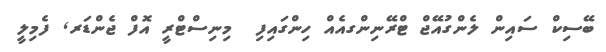
ބޭސިކް ސައިން ލެންގުއޭޖް ޓްރޭނިންގއެއް ހިންގައިފި  މިނިސްޓްރީ އޮފް ޖެންޑަރ